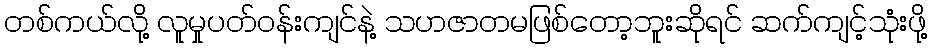
တစ်ကယ်လို့ လူမှုပတ်ဝန်းကျင်နဲ့ သဟဇာတမဖြစ်တော့ဘူးဆိုရင် ဆက်ကျင့်သုံးဖို့